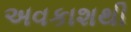
અવકાશથી